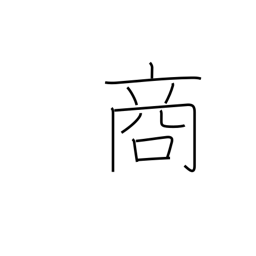
Meaning: selling